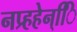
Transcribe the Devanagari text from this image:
नप्र्हहेन्िि